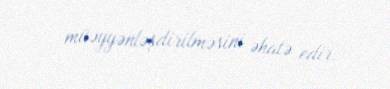
müəyyənləşdirilməsini əhatə edir.